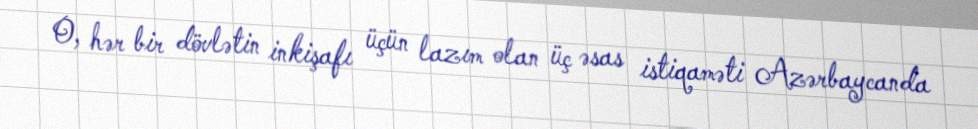
O, hər bir dövlətin inkişafı üçün lazım olan üç əsas istiqaməti Azərbaycanda